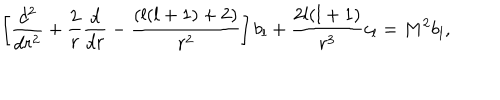
\left[ { \frac { d ^ { 2 } } { d r ^ { 2 } } } + { \frac { 2 } { r } } { \frac { d } { d r } } - { \frac { ( l ( l + 1 ) + 2 ) } { r ^ { 2 } } } \right] b _ { l } + { \frac { 2 l ( l + 1 ) } { r ^ { 3 } } } c _ { l } = M ^ { 2 } b _ { l } ,